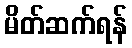
မိတ်ဆက်ရန်